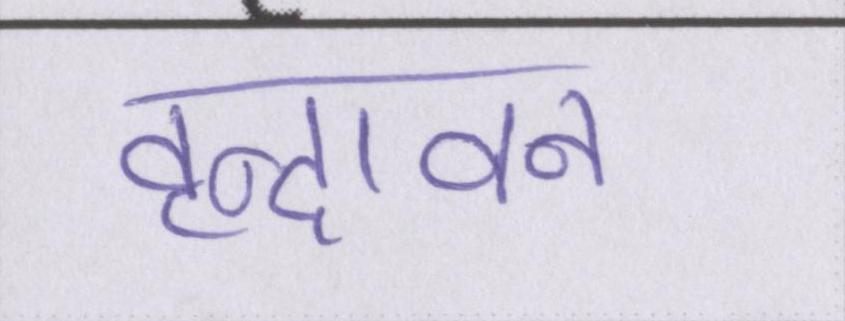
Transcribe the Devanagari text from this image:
वृन्दावन